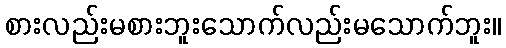
စားလည်းမစားဘူးသောက်လည်းမသောက်ဘူး။